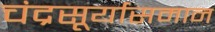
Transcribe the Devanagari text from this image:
चंद्रसूर्यासमान